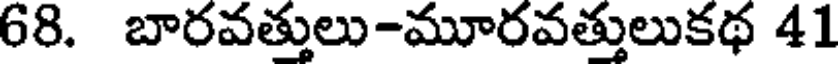
68. బారవత్తులు-మూరవత్తులుకథ 41